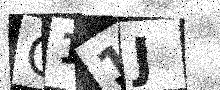
Text: Q11J